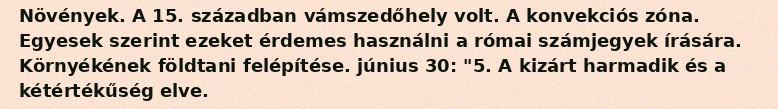
Növények. A 15. században vámszedőhely volt. A konvekciós zóna. Egyesek szerint ezeket érdemes használni a római számjegyek írására. Környékének földtani felépítése. június 30: "5. A kizárt harmadik és a kétértékűség elve.